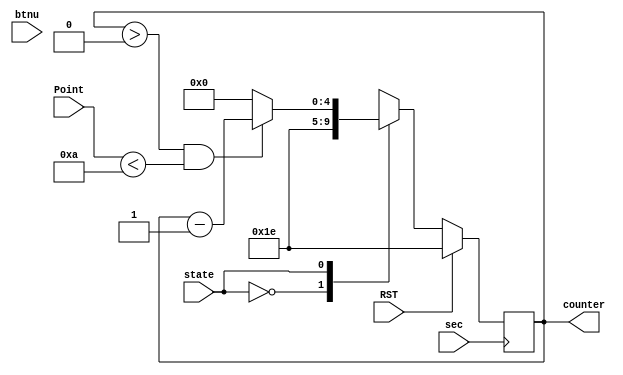
module CounDown(
    input wire sec,
    input wire RST,
    input wire btnu,
    input wire state,
    input wire Point,
    output reg [4:0] counter
);

    reg [4:0] ncounter;
    parameter FINAL = 2'b10;
    parameter GAME = 2'b01;
    parameter INITIAL = 2'b00;

    always @(posedge sec) begin
        if(RST) counter <= 5'd30;
        else counter <= ncounter;
    end
    always @(*) begin
        case (state)
            INITIAL:begin
                if(btnu) ncounter = 5'd30;
                else ncounter = 5'd30;
            end
            GAME:begin
                if( counter > 0 && Point < 10) ncounter = counter - 1;
                else ncounter = 0;
            end
            FINAL:begin
                if(btnu) ncounter = 5'd30;
                else ncounter = 5'd30;
            end 
            default:begin
                if(btnu) ncounter = 5'd30;
                else ncounter = counter - 1;
            end
        endcase
    end
endmodule